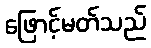
ဖြောင့်မတ်သည်